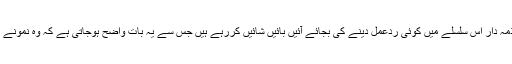
انہوں نے کہا کہ محکمہ صحت کے ذمہ دار اس سلسلے میں کوئی ردعمل دینے کی بجائے آئیں بائیں شائیں کررہے ہیں جس سے یہ بات واضح ہوجاتی ہے کہ وہ نمونے کسی ردی کی ٹوکری کی نذر ہوگئے۔